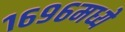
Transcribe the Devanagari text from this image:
१६९६मध्ये